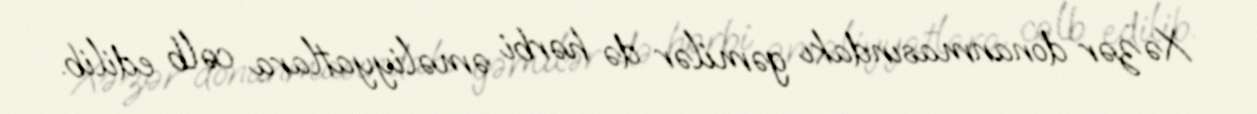
Xəzər donanmasındakı gəmilər də hərbi əməliyyatlara cəlb edilib.